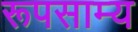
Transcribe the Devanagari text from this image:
रूपसाम्य